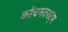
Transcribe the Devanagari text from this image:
कोंचमक्शट्म